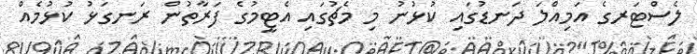
ލެސްޓަރގެ އަމިއްލަ ދަނޑުގައި ކުޅުނު މި މެޗުގައި އެޓީމުގެ ފަރާތުން ރަނގަޅު ކުޅުމެއް